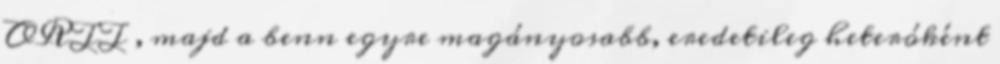
ORTT , majd a benn egyre magányosabb, eredetileg heteróként